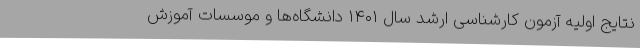
نتایج اولیه آزمون کارشناسی ارشد سال ۱۴۰۱ دانشگاه‌ها و موسسات آموزش